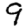
Digit: 9